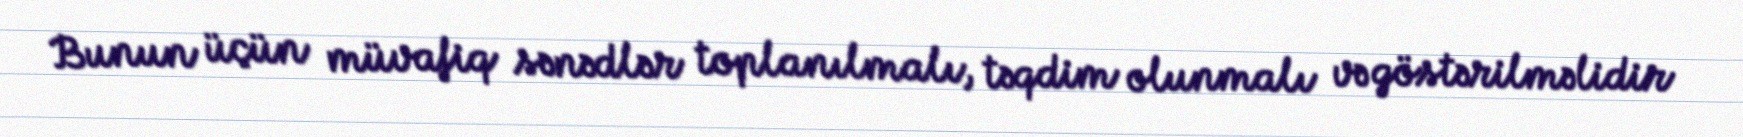
Bunun üçün müvafiq sənədlər toplanılmalı, təqdim olunmalı və göstərilməlidir